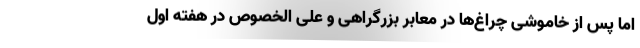
اما پس از خاموشی چراغ‌ها در معابر بزرگراهی و علی الخصوص در هفته اول